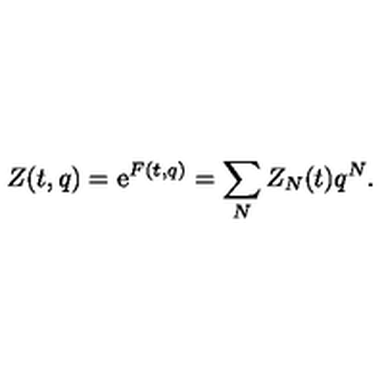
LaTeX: Z ( t , q ) = \mathrm { e } ^ { F ( t , q ) } = \sum _ { N } Z _ { N } ( t ) q ^ { N } .